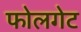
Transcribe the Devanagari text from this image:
फोलगेट